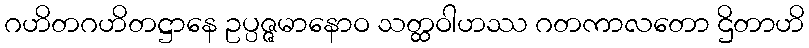
ဂဟိတဂဟိတဋ္ဌာနေ ဥပ္ပဇ္ဇမာနောဝ သတ္ထဝါဟဿ ဂတကာလတော ဌိတာဟိ